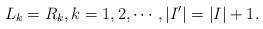
LaTeX: \begin{align*}L_k = R_k,k=1,2,\cdots, |I'| = |I|+1.\end{align*}